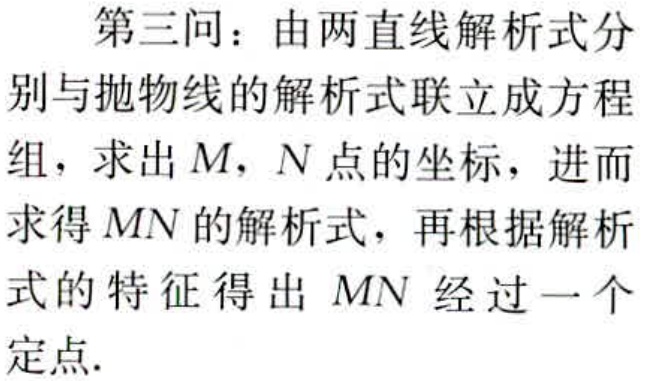
第三问：由两直线解析式分别与抛物线的解析式联立成方程组，求出 \(M,N\) 点的坐标，进而求得 \(MN\) 的解析式，再根据解析式的特征得出 \(MN\) 经过一个定点.